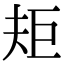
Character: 𭑌